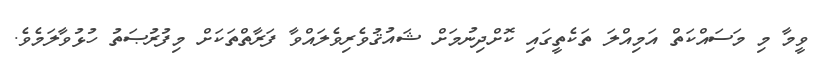
ވީމާ މި މަސައްކަތް އަމިއްލަ ތަކެތީގައި ކޮށްދިނުމަށް ޝައުޤުވެރިވެލައްވާ ފަރާތްތަކަށް މިފުރުޞަތު ހުޅުވާލަމެވެ.